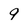
Character: 9